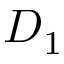
D _ { 1 }